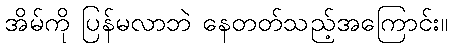
အိမ်ကို ပြန်မလာဘဲ နေတတ်သည့်အကြောင်း။